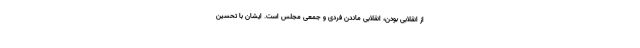
از انقلابی بودن، انقلابی ماندن فردی و جمعیِ مجلس است. ایشان با تحسین